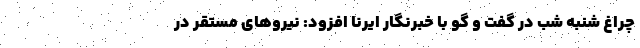
چراغ شنبه شب در گفت و گو با خبرنگار ایرنا افزود: نیروهای مستقر در